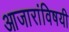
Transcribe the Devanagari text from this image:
आजारांविषयी